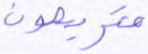
متربصون